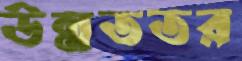
উন্নততর